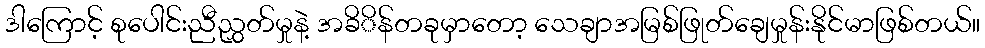
ဒါကြောင့် စုပေါင်းညီညွှတ်မှုနဲ့ အခိိန်တခုမှာတော့ သေချာအမြစ်ဖြုတ်ချေမှုန်းနိုင်မာဖြစ်တယ်။